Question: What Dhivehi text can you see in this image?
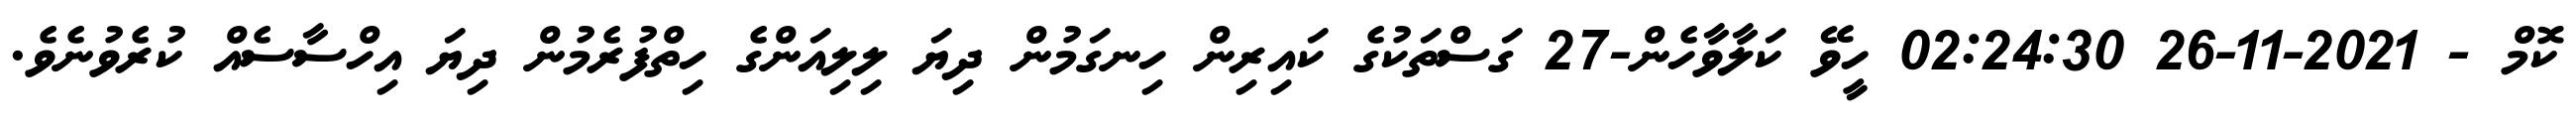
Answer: ކޮމް - 2021-11-26 02:24:30 ހީވޭ ކަލާވާހެން-27 ގަސްތަކުގެ ކައިރިން ހިނގަމުން ދިޔަ ލިލިއަންގެ ހިތްފުރެމުން ދިޔަ އިހްސާސެއް ކުރެވުނެވެ.